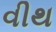
વીથ